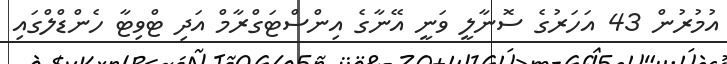
އުމުރުން 43 އަހަރުގެ ސޮނާލީ ވަނީ އޭނާގެ އިންސްޓަގްރާމް އަދި ޓްވިޓާ ހެންޑްލްގައި